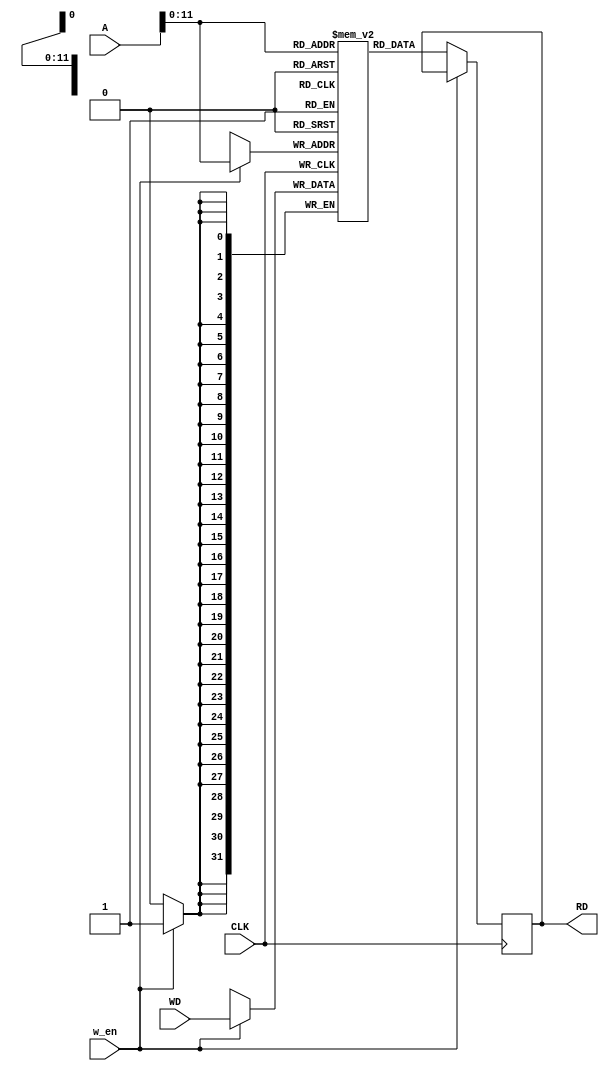
module data_mem (
    input CLK, w_en,
    input [31:0] A,
    input [31:0] WD,
    output reg [31:0] RD
); 

reg [31:0] mem [0:4095]; // constraining memory right here

always @(posedge CLK) begin
    if (w_en)
        mem[A] <= WD;
    else
        RD <= mem[A];

        
end

endmodule